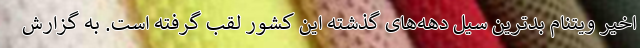
اخیر ویتنام بدترین سیل دهه‌های گذشته این کشور لقب گرفته است. به گزارش